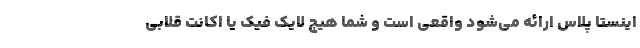
اینستا پلاس ارائه می‌شود واقعی است و شما هیچ لایک فیک یا اکانت قلابی